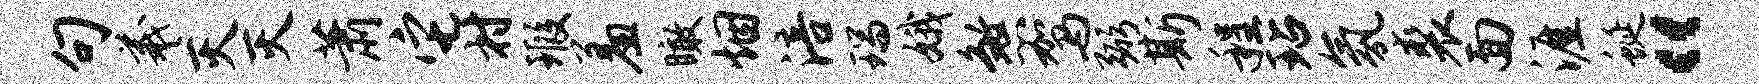
句羲灭灭萧它村瑕羞瞰烟涪瑞娥煞驾弼斯程玷氛裘面涯蜒“